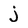
Character: j